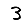
Digit: 3